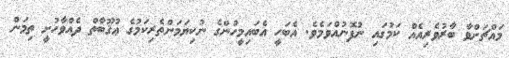
މައްޗަށްވާ ބާރުވެރިއެއް ކަމުގައި ނުފޮނުއްވަމެވެ. އެބަހީ އެބައިމީހުންގެ ނުކިޔަމަންތެރިކަމުގެ ޢުޤޫބާތް ދެއްވާހުށީ ތިމަން